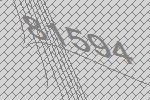
81594